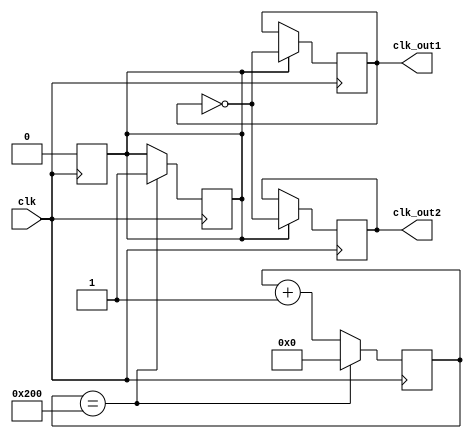
module dual_modulus_clock_divider (
    input wire clk,                // input clock signal
    output reg clk_out1,           // output clock signal 1
    output reg clk_out2            // output clock signal 2
);

reg [9:0] count;       // 10-bit counter for synchronous counter
reg enable_divide;     // signal to enable divide-by-2 counter

always @(posedge clk) begin
    if (count == 10'b1000000000) begin  // predetermined count value
        count <= 10'b0;
        enable_divide <= 1;
    end else begin
        count <= count + 1;
    end
end

always @(posedge clk) begin
    if (enable_divide) begin
        clk_out1 <= ~clk_out1;  // toggle output clock signal 1
        clk_out2 <= ~clk_out1;  // output clock signal 2 is divided by 2
        enable_divide <= 0;
    end
end

endmodule